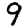
Digit: 9